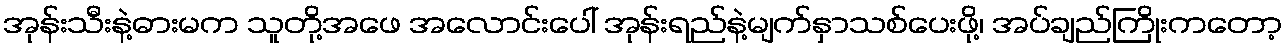
အုန်းသီးနဲ့ဓားမက သူတို့အဖေ အလောင်းပေါ် အုန်းရည်နဲ့မျက်နှာသစ်ပေးဖို့၊ အပ်ချည်ကြိုးကတော့